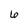
Character: 6